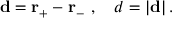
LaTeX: \mathbf { d } = \mathbf { r } _ { + } - \mathbf { r } _ { - } \ , \ \ \ d = | \mathbf { d } | \, .